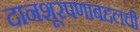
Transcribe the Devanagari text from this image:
दानशूरपणाबद्दलची